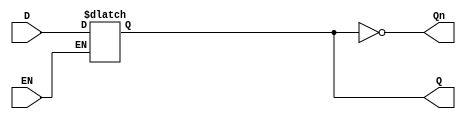
module GatedDLatch (
    input wire D,     // Data input
    input wire EN,    // Enable control signal
    output reg Q,     // Output signal
    output wire Qn    // Complement of the output Q
);

    // Complement of Q
    assign Qn = ~Q;

    // Always block to implement the latch behavior
    always @(*) begin
        if (EN) begin
            Q = D;  // When EN is high, Q follows D
        end
        // When EN is low, Q retains its previous value
    end

endmodule